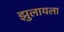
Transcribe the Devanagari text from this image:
झुलायला